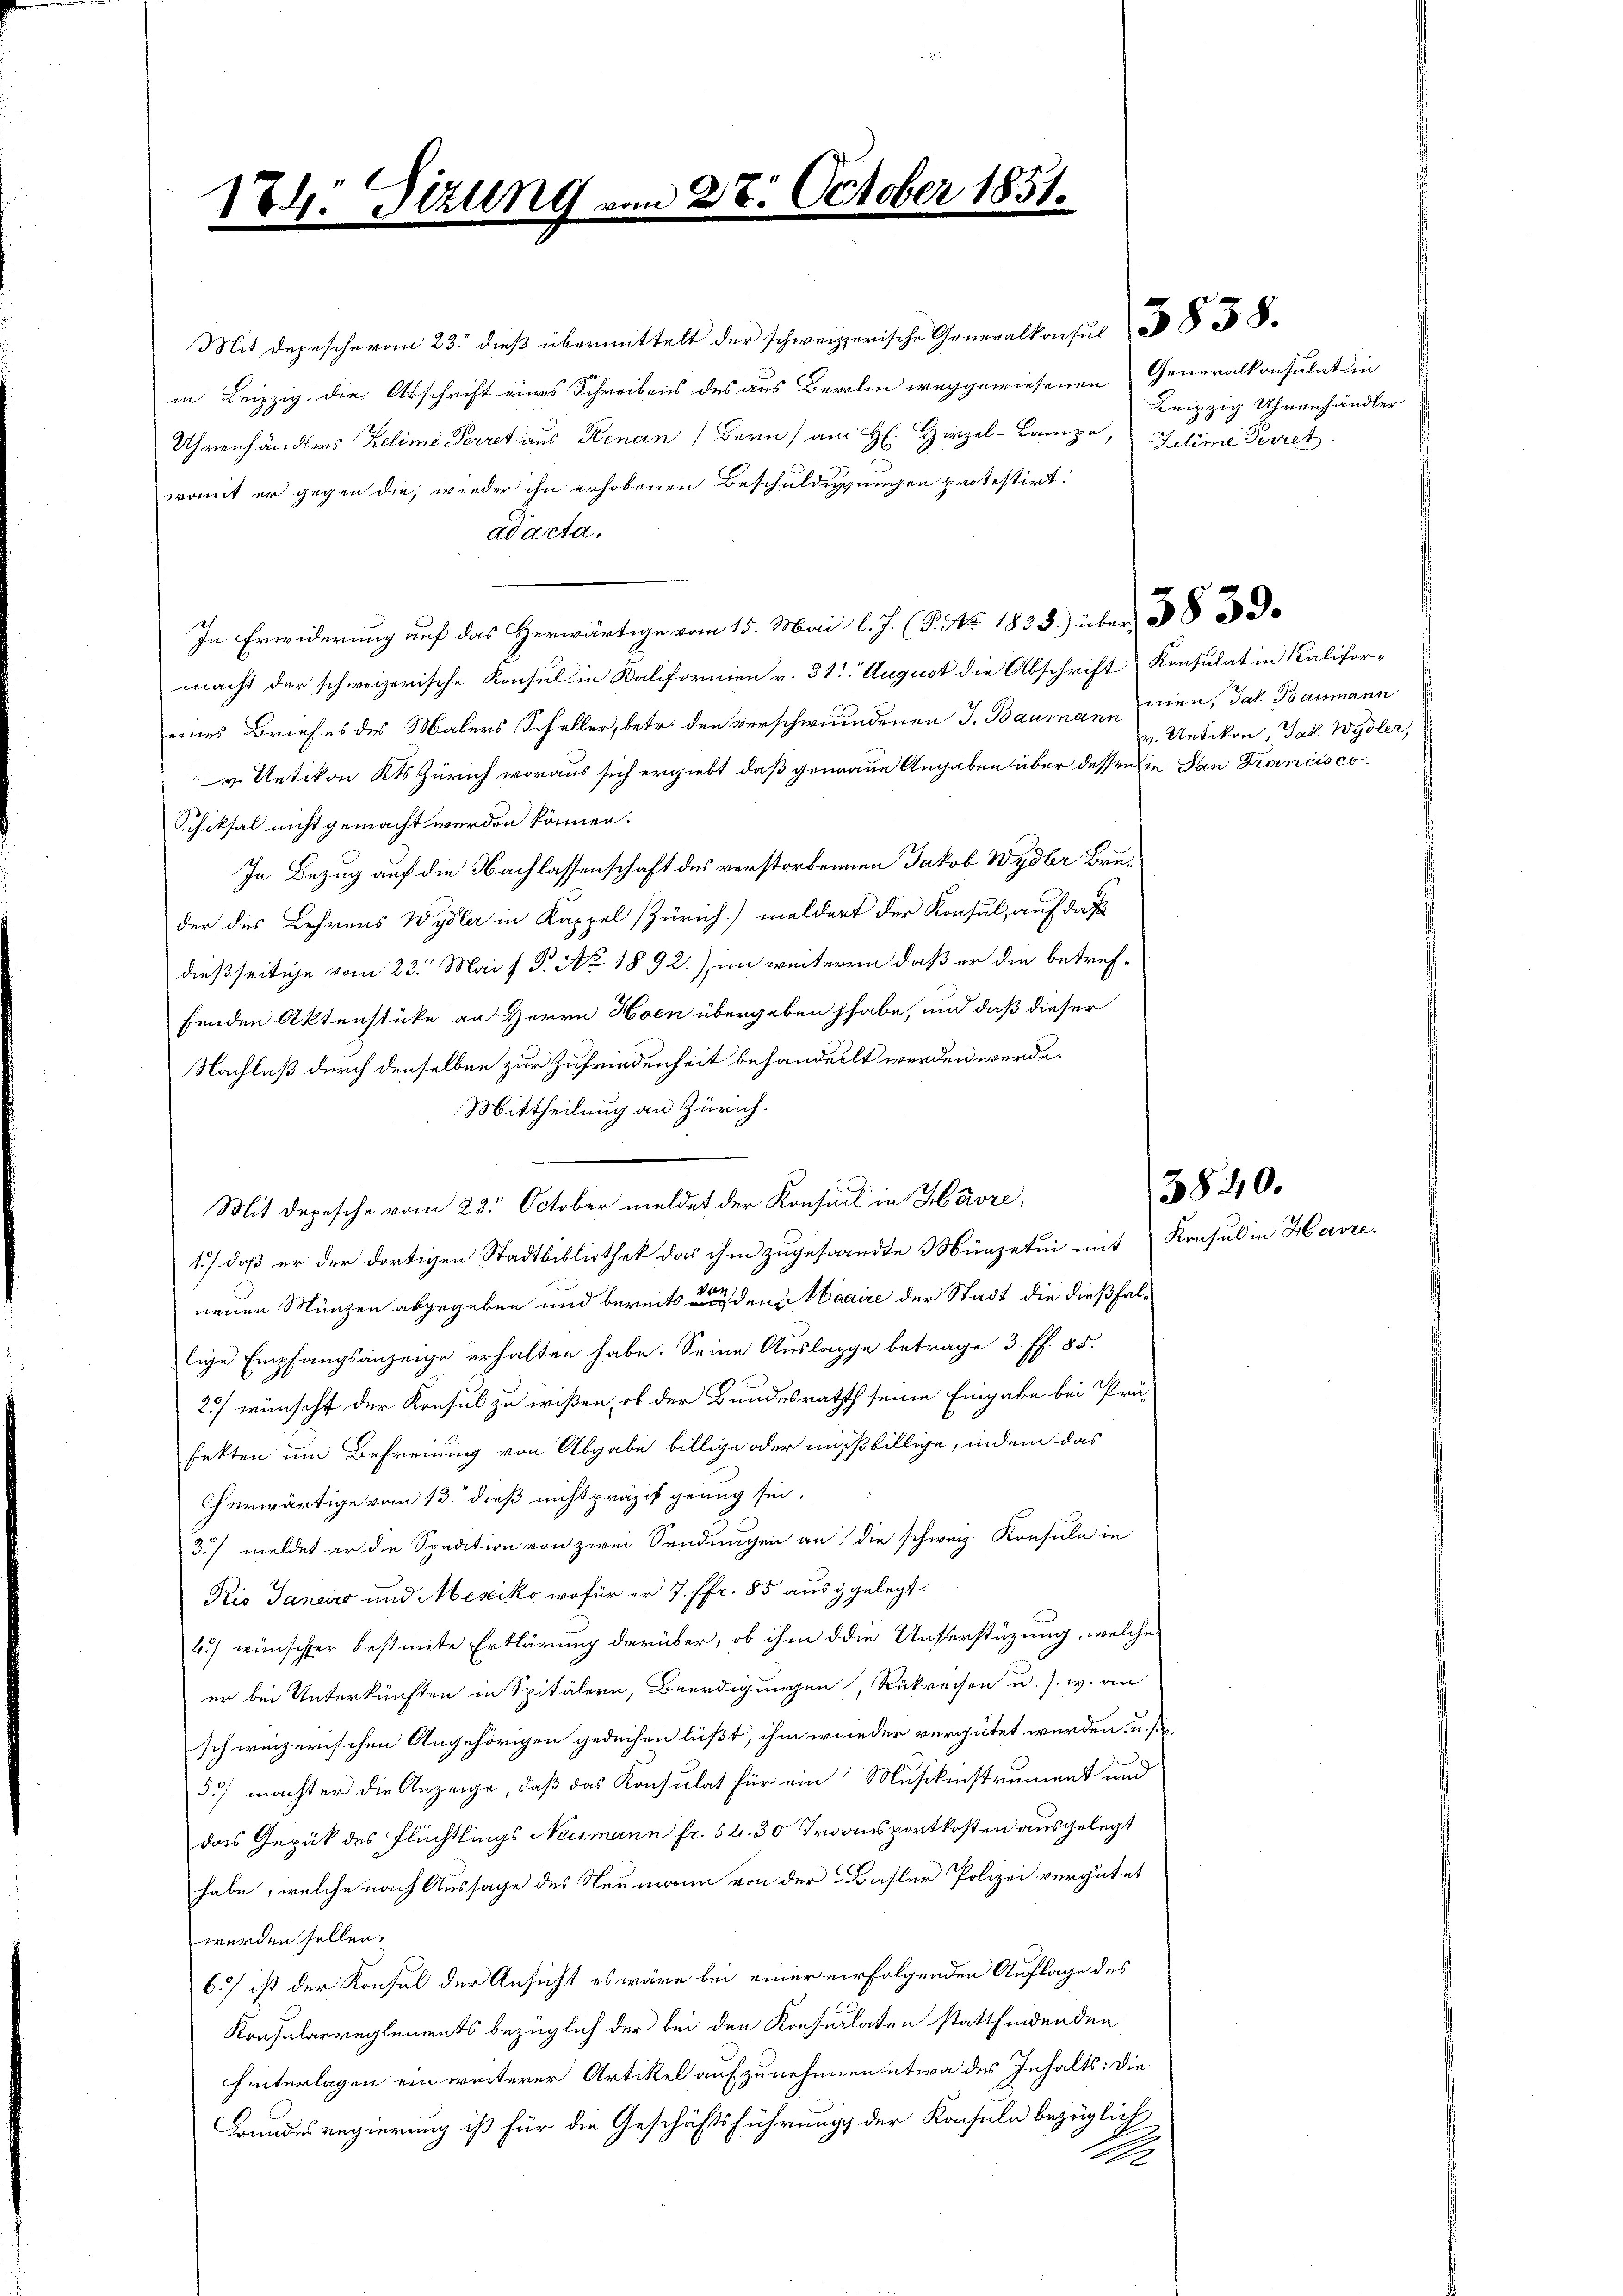
in Leipzig die Abschrift eines Schreibens des aus Berlin weggewiesenen Generalkonsulat in
Uhrenhändlers Zeline Perret aus Renan (Bern am H. Hirzel-Lampe, Jehime Perret
womit er gegen die, wieder ihn erhobenen Beschuldigungen protestirt.
ad acta.
In Erwiderung auf das Herwärtige vom 15. Mai l. J. (T. No. 1835.) über 185
macht der schweizerische Konsul in Kalifornien v. 31. August die Abschrift Konsulat in Kalifor-
eines Briefes des Malers Scheller, betr. den verschwundenen J. Baumann dien, Jak. Baumann
 Uetikon Kts Zürich woraus sich ergiebt, daß genaue Angaben über dessen die San Francisco
Schiksal nicht gemacht werden können.
In Bezug auf die Nachlassenschaft des verstorbenen Jakob Wydbr Bruder des Lehrers Wydler in Kappel Zürich] meldert der Konsul, auf das
dießseitige vom 23. Mai s P. Ao. 1892.), im weiteren daß er die betreffenden Aktenstücke an Herrn Hoen übergeben habe, und daß dieser
Nachlaß durch denselben zur Zufriedenheit behandelt werden werde.
Mittheilung an Zürich.
1) daß er der dortigen Stadtbibliothek das ihm zugesandte Münzetui mit Konsul in Havre
neuen Münzen abgegeben und bereits einen den Maaire der Stadt die dießfallige Empfangsanzeige erhalten habe. Seine Auslage betrage 3. ff. 85.
25) wünscht der Konsul zu wißen, ob der Bundesrathth seine Eingabe bei Prä-
fetten um Befreiung von Abgabe billige oder mißbillige, indem das
herwärtige vom 13. dieß nicht präzis genug sie.
3/ meldet er die Spedition von zwei Sendungen an die schweiz. Konsuln in
Rio Janeiro und Mesiko, wofür er 7. ffr. 85 ausgelegt.
4.) wünscher bestimmte Erklärung darüber, ob ihm die Unserstüzung, welche
er bei Unterkünften in Spitälern, Beerdigungen, Rükreisen u. s. w. an
schweizerischen Angehörigen gedeihen läßt, ihm wieder vergütet werden, u. s.
35) machter die Anzeige, daß das Konsulat für ein Musikinstrument und
das Gepäck des Flüchtlings Neumann fr. 54. 30 Transportkosten ausgelegt
habe, welche nach Aussage des Neumann von der Basler Polizei vergütet
werden sollen.
6) ist der Konsul der Ansicht es wäre bei einer erfolgenden Auflage des
Konsularreglements bezüglich der bei den Konsulaten stattfindenden
hinterlagen ein weiterer Artikel aufzunehmen etwa des Inhalts: Die
Grundesregierung ist für die Geschäftsführungs der Konsuln bezüglich
1

1

4: Sizung

.October 1851.

Mit Depesche von 23. dieß übermittelt der schweizerische Generalkonsul 88

Mit Depesche vom 23. October meldet der Konsul in Havre,

Leipzig Uhrenhändler

v. Uetikon, Jak. Wydler,

3840.